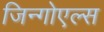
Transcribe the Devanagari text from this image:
जिन्गोएल्स